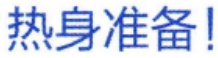
热身准备!